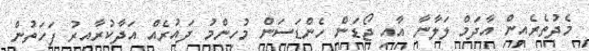
މެދުތެރެއިން އާދަމް ލަލާނާ އާއި ޖޯޑަން ހެންޑަސަން މުހިންމު ދައުރެއް އަދާކުރާއިރު ފަހަތުން